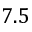
7 . 5